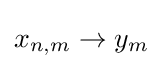
x_{n,m}\to y_{m}